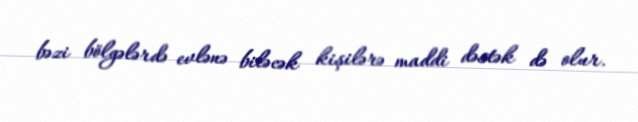
bəzi bölgələrdə evlənə biləcək kişilərə maddi dəstək də olur.